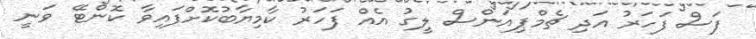
ފަސް ފަހަރު އަދި ޗެމްޕިއަންސް ލީގު އެއް ފަހަރު ކާމިޔާބުކޮށްފައިވާ ކޮންޓޭ ވަނީ